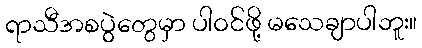
ရာသီအစပွဲတွေမှာ ပါဝင်ဖို့ မသေချာပါဘူး။